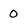
Character: 0